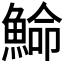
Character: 𩸍